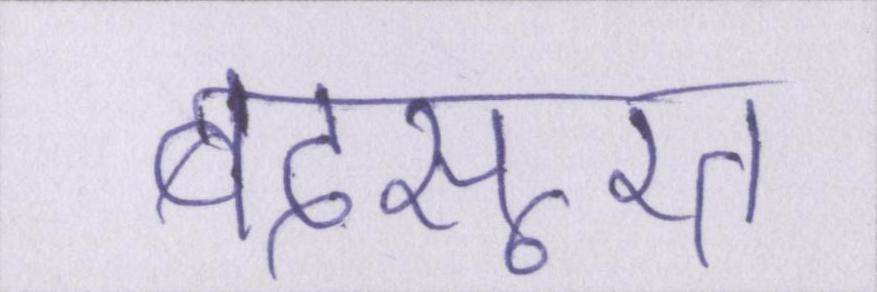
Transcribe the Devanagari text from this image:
बदसूरत